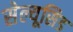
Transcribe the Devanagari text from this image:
सेल्यूसिड